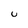
Character: u